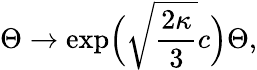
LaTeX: \Theta\to\exp\! \Big(\sqrt{\frac{2\kappa}{3}}c\Big)\Theta,